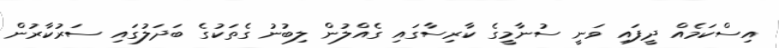
އިސްކަމެއް ދީފައި ވަނީ ސުނާމީގެ ކާރިސާގައި ގެއްލުން ލިބުނު ގެތަކުގެ ބަދަލުގައި ސަރުކާރުން